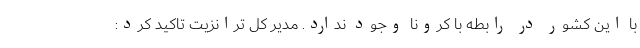
با این کشور در رابطه با کرونا وجود ندارد. مدیر کل ترانزیت تاکید کرد: